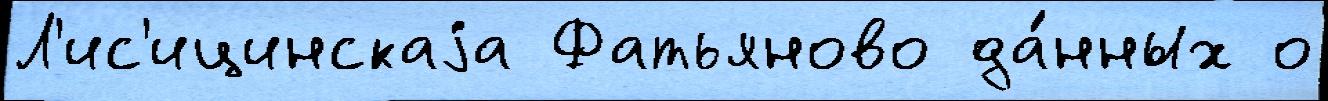
Л'ис'ицинскаjа Фатьяново да́нных о